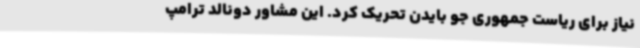
نیاز برای ریاست جمهوری جو بایدن تحریک کرد. این مشاور دونالد ترامپ